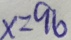
x = 9 6